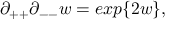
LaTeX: \partial _ { + + } \partial _ { -- } w = e x p \{ 2 w \} ,